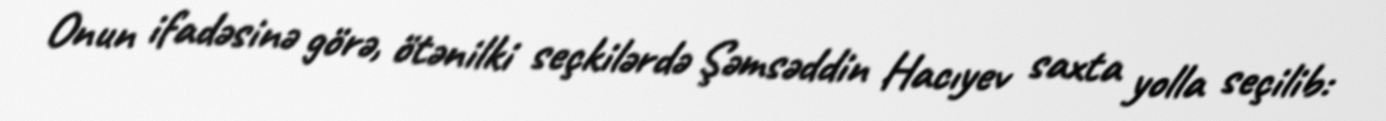
Onun ifadəsinə görə, ötənilki seçkilərdə Şəmsəddin Hacıyev saxta yolla seçilib: